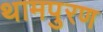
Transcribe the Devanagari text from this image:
थामपुरण